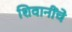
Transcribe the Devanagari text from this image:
शिवानींचे